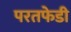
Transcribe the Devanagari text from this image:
परतफेडी